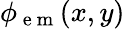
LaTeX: \phi_{\mathrm{~e~m~}}(x,y)